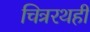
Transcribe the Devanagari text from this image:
चित्ररथही